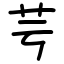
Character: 芌